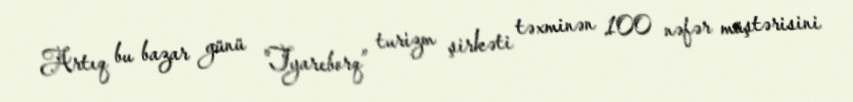
Artıq bu bazar günü "Tyareborq” turizm şirkəti təxminən 100 nəfər müştərisini